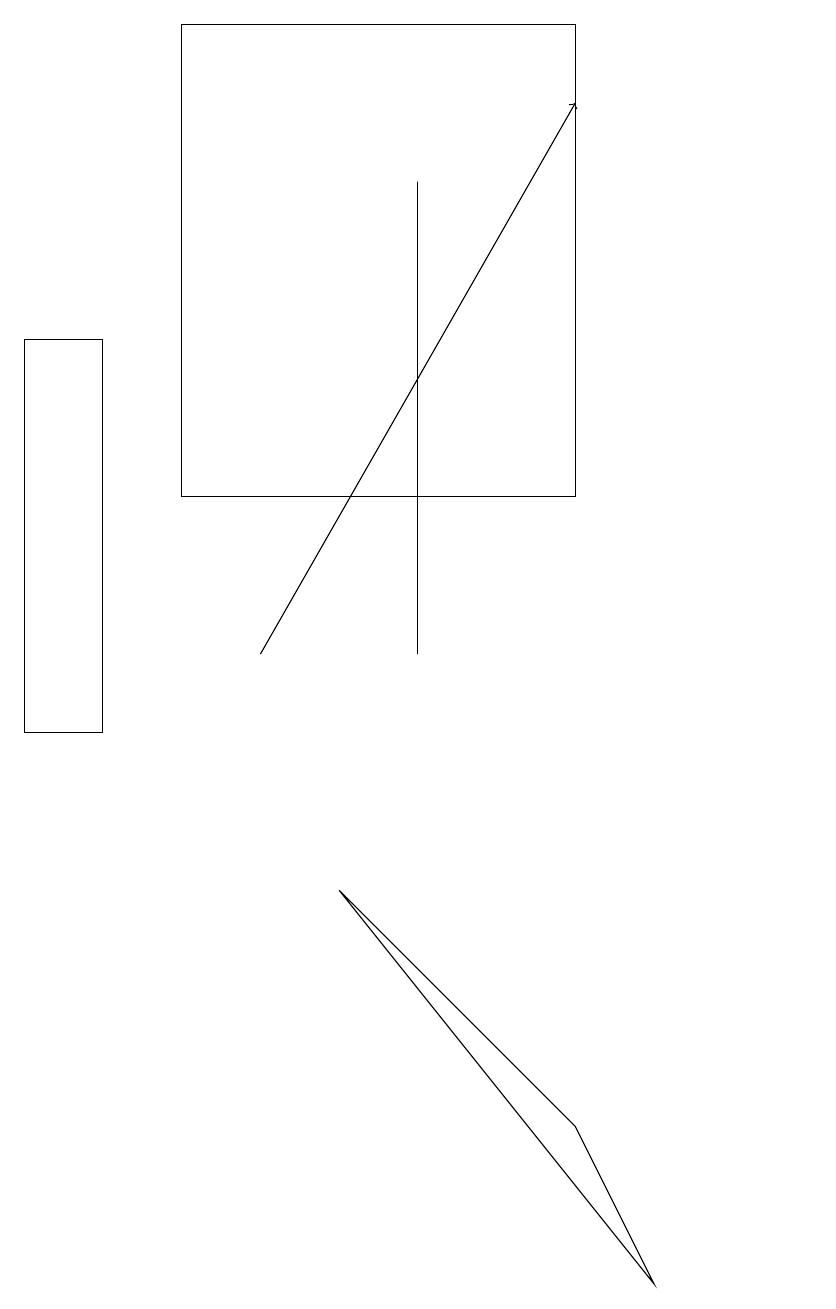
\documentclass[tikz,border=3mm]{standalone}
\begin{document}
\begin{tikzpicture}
\draw (5,11) rectangle (5,17);
\draw (10,12) circle (0);
\draw (1,15) rectangle (0,10);
\draw (7,13) rectangle (2,19);
\draw (4,8) -- (7,5) -- (8,3) -- cycle;
\draw[->] (3,11) -- (7,18);
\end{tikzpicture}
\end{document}